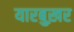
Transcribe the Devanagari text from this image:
यारबुख़र